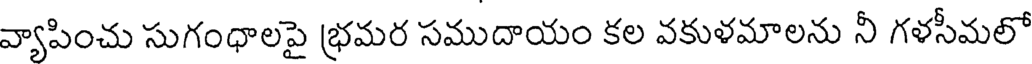
వ్యాపించు సుగంధాలపై భ్రమర సముదాయం కల వకుళమాలను నీ గళసీమలో